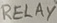
Text: RELAY